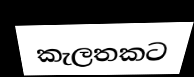
කැලතකට